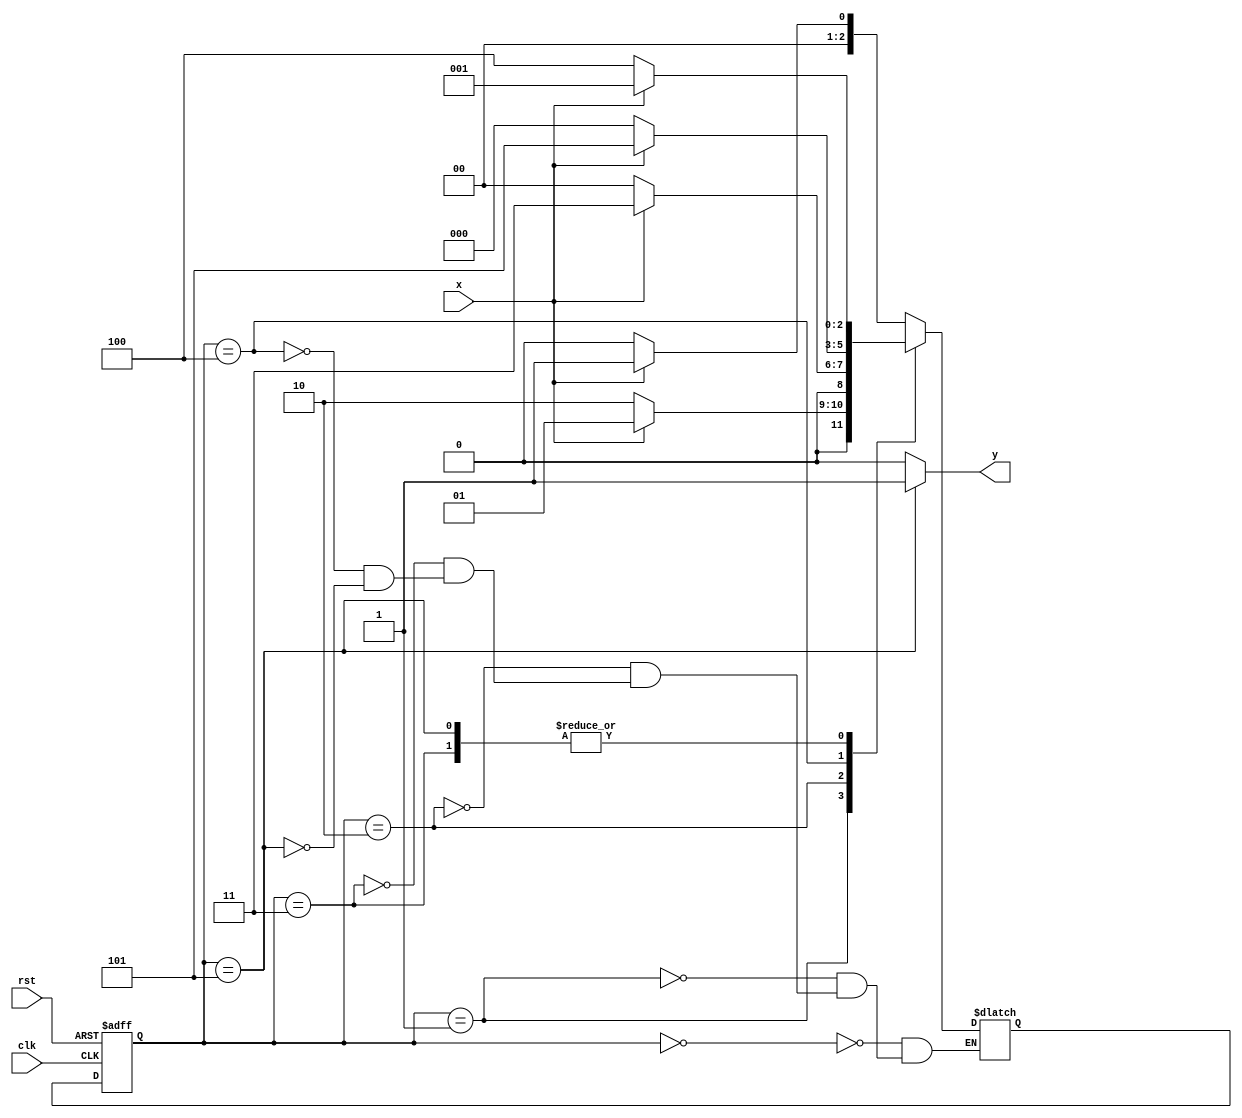


module moore10101 (//10101
input clk,rst,x,
output y);

parameter s0=3'b000, s1=3'b001, s2=3'b010, s3=3'b011, s4=3'b100, s5=3'b101;
reg [2:0]cs,ns; 

always @(posedge clk or negedge rst)//current state calcultion
begin
if(rst==1'b0)  cs<=s0;
else           cs<=ns;
end

always @(x or cs)//next state calculation
begin
case(cs)
s0:begin
   if(x==1) ns=s1;
   else     ns=s0;
   end
s1:begin
   if(x==0)  ns=s2;
   else      ns=s1;
   end
s2:begin
   if(x==1)  ns=s3;
   else      ns=s0;
   end
s3:begin
   if(x==0)  ns=s4;
   else      ns=s1;
   end
s4:begin
   if(x==1)  ns=s5;
   else      ns=s0;
   end
s5:begin
   if(x==0)  ns=s4;
   else      ns=s1;
   end
endcase
end

assign y=(cs==s5)?1:0;//output calculation combination

endmodule